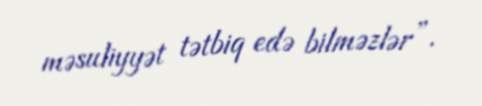
məsuliyyət tətbiq edə bilməzlər”.